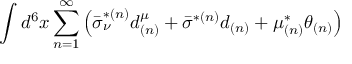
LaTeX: \int d ^ { 6 } x \sum _ { n = 1 } ^ { \infty } \left( \bar { \sigma } _ { \nu } ^ { * ( n ) } d _ { ( n ) } ^ { \mu } + \bar { \sigma } ^ { * ( n ) } d _ { ( n ) } + \mu _ { ( n ) } ^ { * } \theta _ { ( n ) } \right)